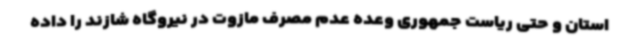
استان و حتی ریاست جمهوری وعده عدم مصرف مازوت در نیروگاه شازند را داده